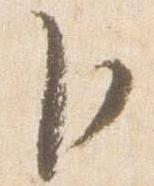
臣